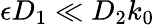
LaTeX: \epsilon D_{1}\ll D_{2}k_{0}